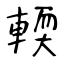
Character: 輭